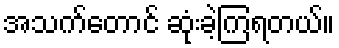
အသက်တောင် ဆုံးခဲ့ကြရတယ်။